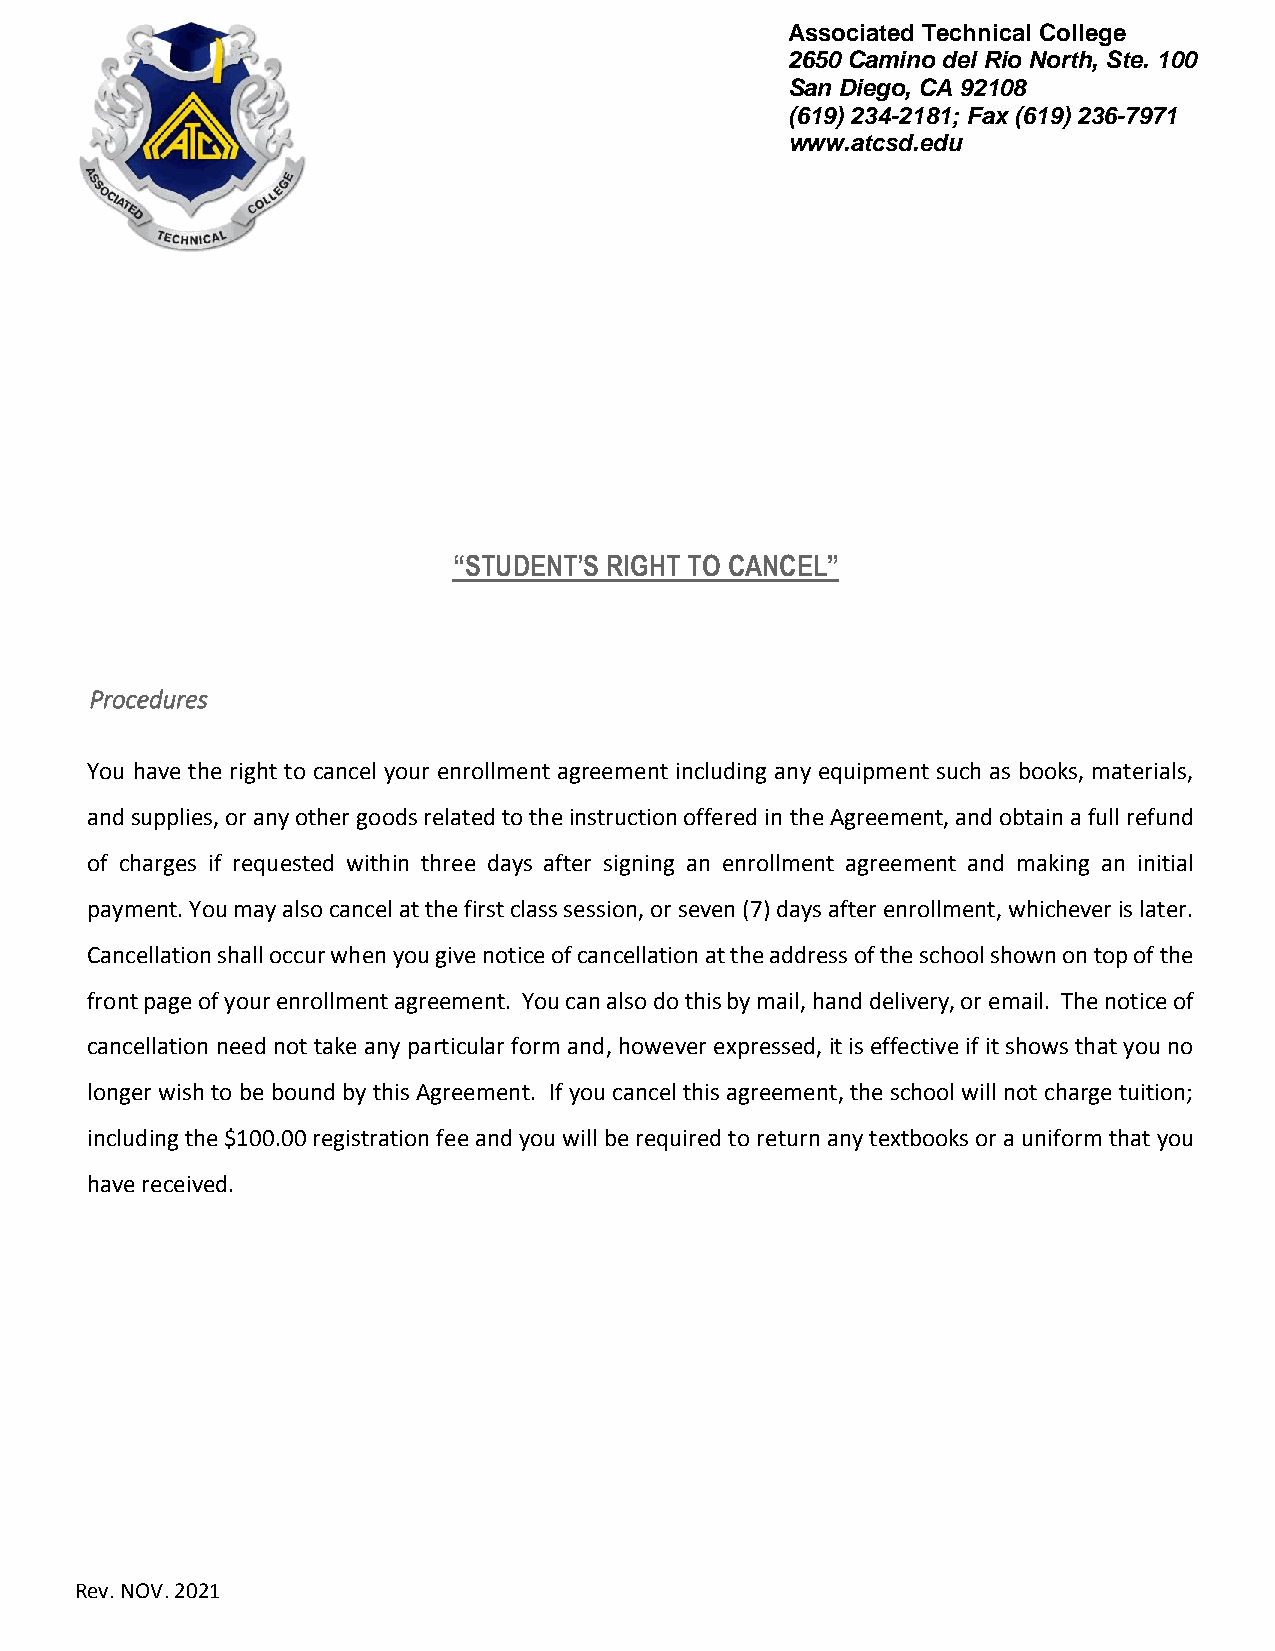
Associated Technical College
 2650 Camino del Rio North, Ste. 100
 San Diego, CA 92108
 (619) 234-2181; Fax (619) 236-7971
 www.atcsd.edu
 “STUDENT’S RIGHT TO CANCEL”
 Procedures
 You have the right to cancel your enrollment agreement including any equipment such as books, materials,
 and supplies, or any other goods related to the instruction offered in the Agreement, and obtain a full refund
 of charges if requested within three days after signing an enrollment agreement and making an initial
 payment. You may also cancel at the first class session, or seven (7) days after enrollment, whichever is later.
 Cancellation shall occur when you give notice of cancellation at the address of the school shown on top of the
 front page of your enrollment agreement. You can also do this by mail, hand delivery, or email. The notice of
 cancellation need not take any particular form and, however expressed, it is effective if it shows that you no
 longer wish to be bound by this Agreement. If you cancel this agreement, the school will not charge tuition;
 including the $100.00 registration fee and you will be required to return any textbooks or a uniform that you
 have received.
 Rev. NOV. 2021